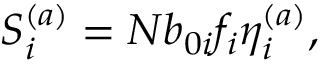
S _ { i } ^ { ( a ) } = N b _ { 0 i } f _ { i } \eta _ { i } ^ { ( a ) } ,